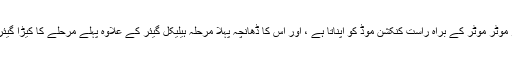
ہیلیکل گیئر کرم گیئر موٹر موٹر کے براہ راست کنکشن موڈ کو اپناتا ہے ، اور اس کا ڈھانچہ پہلا مرحلہ ہیلیکل گیئر کے علاوہ پہلے مرحلے کا کیڑا گیئر ٹرانسمیشن ہوتا ہے۔